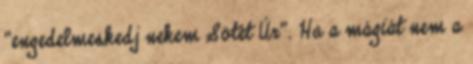
“engedelmeskedj nekem Sötét Úr”. Ha a mágiát nem a